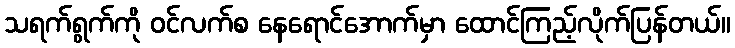
သရက်ရွက်ကို ဝင်လက်စ နေရောင်အောက်မှာ ထောင်ကြည့်လိုက်ပြန်တယ်။